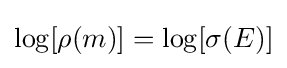
\log[\rho (m)]=\log[\sigma (E)]